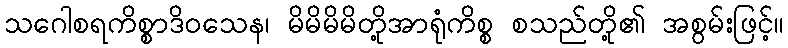
သဂေါစရကိစ္စာဒိဝသေန၊ မိမိမိမိတို့အာရုံကိစ္စ စသည်တို့၏ အစွမ်းဖြင့်။